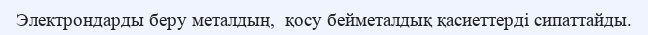
Электрондарды беру металдың,  қосу бейметалдық қасиеттерді сипаттайды.